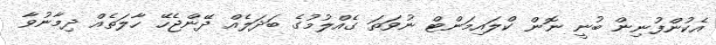
އެކުންފުނިން ބުނީ ނޮން ކްލައިމަންޓް ނުވަތަ ގެއްލުމުގެ ބަދަލެއް ދޭންޖެހޭ ހާލަތެއް ދިމާނުވާ